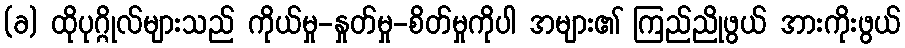
(ခ) ထိုပုဂ္ဂိုလ်များသည် ကိုယ်မှု-နှုတ်မှု-စိတ်မှုကိုပါ အများ၏ ကြည်ညိုဖွယ် အားကိုးဖွယ်